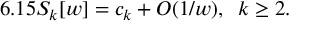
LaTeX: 6 . 1 5 S _ { k } [ w ] = c _ { k } + { \cal { O } } ( 1 / w ) , \; \; k \geq 2 .